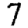
Digit: 7